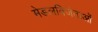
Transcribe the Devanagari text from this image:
मेडलविजेताओं